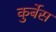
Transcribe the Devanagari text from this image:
कुर्बेस